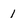
Character: 1